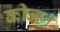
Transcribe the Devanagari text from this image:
कीन्ह।